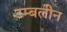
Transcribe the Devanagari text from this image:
टम्बलीन